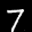
Label: 7